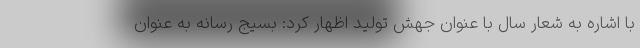
با اشاره به شعار سال با عنوان جهش تولید اظهار کرد: بسیج رسانه به عنوان